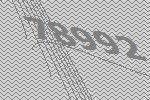
78992